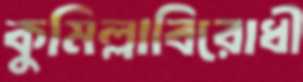
কুমিল্লাবিরোধী